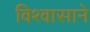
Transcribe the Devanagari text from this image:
विश्‍वासाने